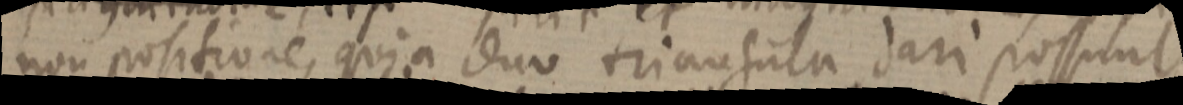
non positione, quia duo triangula dari possunt